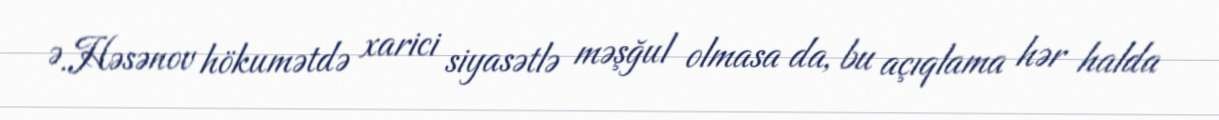
Ə.Həsənov hökumətdə xarici siyasətlə məşğul olmasa da, bu açıqlama hər halda